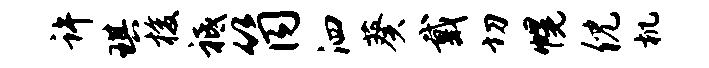
许琪梭祗筒泗葵戴切幌倪机